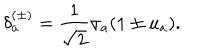
\delta _ { a } ^ { ( \pm ) } = \frac { 1 } { \sqrt { 2 } } \sigma _ { a } ( 1 \pm u _ { a } ) .